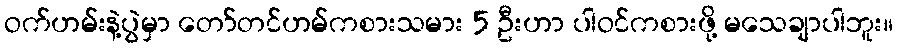
ဝက်ဟမ်းနဲ့ပွဲမှာ တော်တင်ဟမ်ကစားသမား 5 ဦးဟာ ပါဝင်ကစားဖို့ မသေချာပါဘူး။